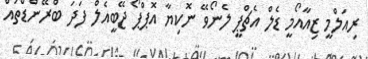
ރިއަލްމީ ޒިއާއޯމީ ޑެލް އެޗްޕީ ލެނޯވޭ ނޮކިޔާ އޮޕްޕޯ ޖޭބީއެލް ފަދަ ބްރޭންޑްތައް